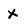
Character: X